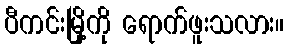
ပီကင်းမြို့ကို ရောက်ဖူးသလား။